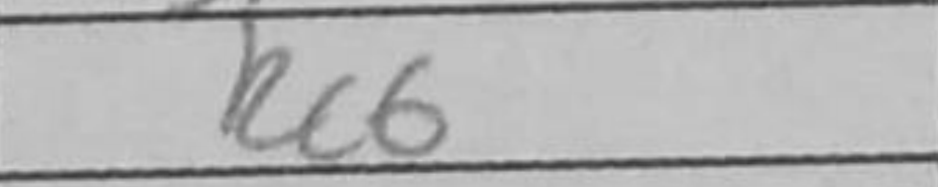
Transcription: g5